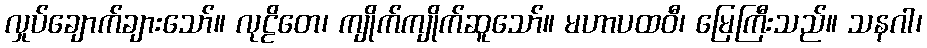
လှုပ်ချောက်ချားသော်။ လုဠိတေ၊ ကျိုက်ကျိုက်ဆူသော်။ မဟာပထဝီ၊ မြေကြီးသည်။ သနဂါ၊